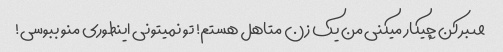
صبر کن چیکار میکنی من یک زن متاهل هستم! تو نمیتونی اینطوری منو ببوسی!